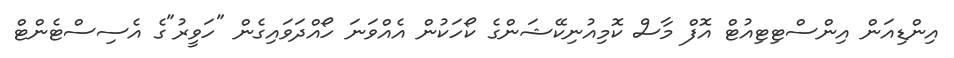
އިންޑިއަން އިންސްޓިޓިއުޓް އޮފް މާސް ކޮމިއުނިކޭޝަންގެ ކޯހަކުން އެއްވަނަ ހޯއްދަވައިގެން "ހަވީރު"ގެ އެސިސްޓެންޓް